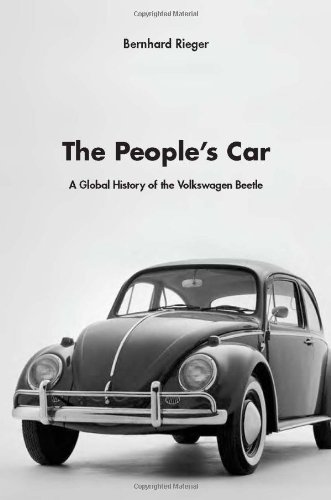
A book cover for The People's Car: A Global History of the Volkswagen Beetle; Bernhard Rieger; Business & Money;